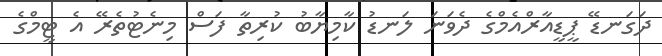
ދަގަނޑޭ ޕީޑީއާރްއެމްގެ ދެވަނަ ލަނޑު ކާމިޔާބު ކުރިތާ ފަސް މިނެޓުތެރޭ އެ ޓީމްގެ